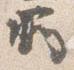
所